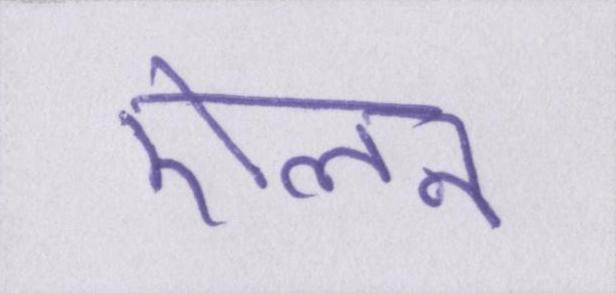
ऐलन